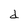
Character: d